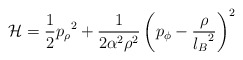
\begin{align*}{\cal H}={1\over2}{p_\rho}^2+ {1\over2\alpha^2\rho^2}\left({p_\phi}-{\rho\over{l_B}^2}\right)^2\end{align*}